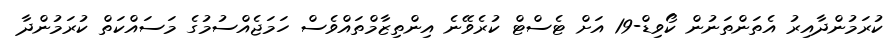
ކުރަމުންދާއިރު އެތަންތަނުން ކޯވިޑް-19 އަށް ޓެސްޓް ކުރެވޭނެ އިންތިޒާމްތައްވެސް ހަމަޖެއްސުމުގެ މަސައްކަތް ކުރަމުންދާ